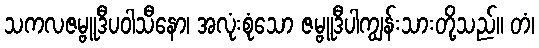
သကလဇမ္ဗူဒီပဝါသီနော၊ အလုံးစုံသော ဇမ္ဗူဒီပါကျွန်းသားတို့သည်။ တံ၊